Burma Government Medical School reports 1907-22
Year: 1907
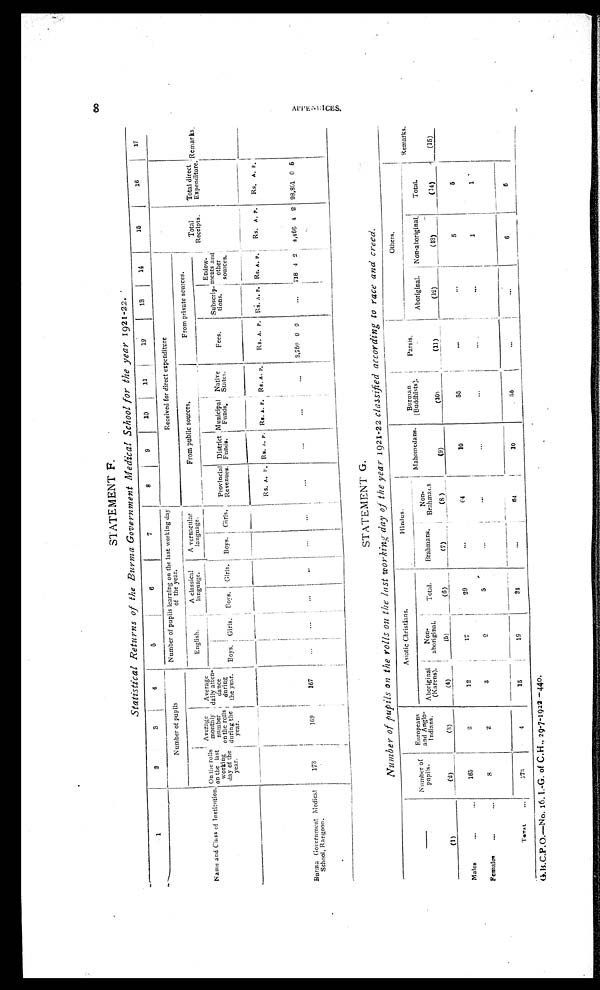
STATEMENT F.
Statistical Returns of the Burma Government Medical School for the year 1921-22.
1
2
3
4
5
6
7
8
9
10
11
12
13
14
15
16
17
Name and Class of Institution
Number of pupils
Number of pupils learning on the last working day
of the year.
Received for direct expenditure
Total
Receipts
.
Total direct
Expenditure. Remarks.
On the rolls
on the last
working
day of the
Year.
Average
monthly
number
on the rolls
during the
year.
Average
daily atten-
dance
during
the year.
English.
A classical
language.
A vernacular
language.
From public sources.
From private sources.
Boys. Girls.
Boys. Girls.
Boys. Girls.
Provincial
Revenues.
District
Funds.
Municipal
Funds.
Native
States.
Fees.
Subscrip-
tions.
Endow-
ments a
nd other
sources.
Rs. A. P. Rs. A. P. Rs. A. P. Rs. A. P.
Rs. A. P. Rs. A. P. Rs. A. P.
Rs. A. P.
Rs. A. P.
Burma Government Medical
School, Rangoon.
173
169
167
...
...
...
...
...
...
...
...
...
3 , 7 5 0 0 0
...
718 4 2
4,468 4 2
9 8 , 8 0 1 0
5
STATEMENT G.
Number of pupils on the rolls on the last working day of the year 1921-22 classified according to race and creed.
Number of
pupils.
Europeans
and Anglo-
Indians.
Asiatic Christians.
Hindus.
Mahomedans
.
Burman
(Buddhists).
Parsis.
Others.
Remarks.
Aboriginal
(Karens).
Non-
aboriginal.
Total.
Brahmans.
Non-
Brahmans.
Aboriginal.
Non-aboriginal.
Total.
(1)
(2)
(3)
(4)
(5)
(6)
(7)
(8)
(9)
(10)
(11)
(12)
(13)
(14)
(15)
Males
...
...
165
2
12
17
29
...
64
10
55
...
...
5
5
Females
...
...
8
2
3
2
5
...
...
...
...
...
...
1
1
TOTAL
173
4
15
19
34
...
64
10
5 5
...
...
6
6
APPENDICES.
3.13.C.P.0.—No. 16. 1.-G. of C.H., 29-7-1922 —44o.